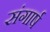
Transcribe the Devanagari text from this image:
संगार्ष